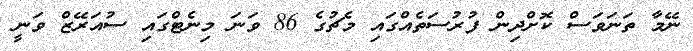
ނޭމާ ތަނަވަސް ކޮށްދިން ފުރުސަތެއްގައި މެޗުގެ 86 ވަނަ މިނެޓްގައި ސުއަރޭޒް ވަނީ